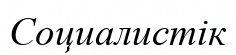
Социалистік